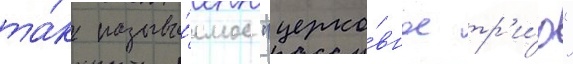
та́к называ́емое "церко́вное тр'и́о"